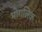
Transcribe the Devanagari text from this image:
भोगलिक